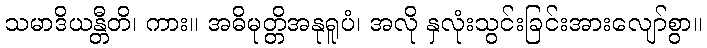
သမာဒိယန္တီတိ၊ ကား။ အဓိမုတ္တိအနုရူပံ၊ အလို နှလုံးသွင်းခြင်းအားလျော်စွာ။